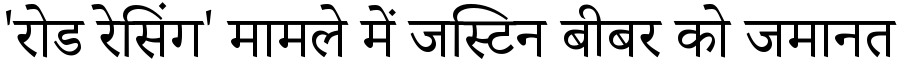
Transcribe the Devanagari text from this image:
'रोड रेसिंग' मामले में जस्टिन बीबर को जमानत